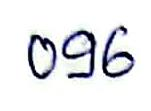
096